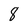
Character: 8